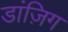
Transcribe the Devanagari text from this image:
डांज़िग